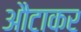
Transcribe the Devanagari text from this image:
औटाकर